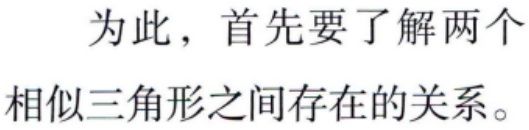
为此，首先要了解两个

相似三角形之间存在的关系。